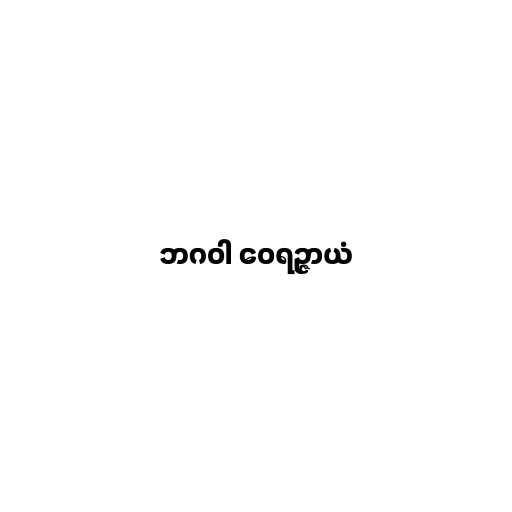
ဘဂဝါ ဝေရဉ္ဇာယံ